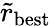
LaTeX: \tilde{r}_{\mathrm{best}}